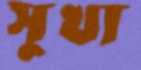
সুখা